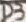
Text: D3